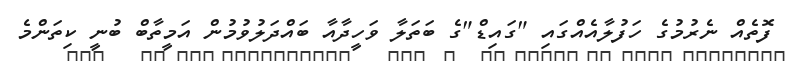
ފޮތެއް ނެރުމުގެ ހަފުލާއެއްގައި "ގައިޑް"ގެ ބަތަލާ ވަހީދާއާ ބައްދަލުވުމުން އަމީތާބް ބުނީ ކިތަންމެ